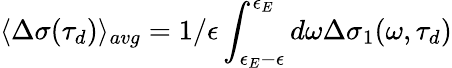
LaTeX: \langle\Delta\sigma(\tau_{d})\rangle_{avg}=1/\epsilon\int_{\epsilon_{E}-\epsilon}^{\epsilon_{E}}d\omega\Delta\sigma_{1}(\omega,\tau_{d})